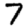
Digit: 7